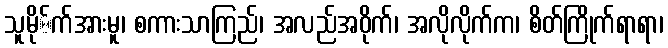
သူမို်က်အားမူ၊ စကားသာကြည်၊ အလည်အဝိုက်၊ အလိုလိုက်က၊ စိတ်ကြိုက်ရာရာ၊